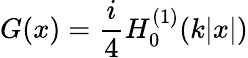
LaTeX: G(x)={\frac{i}{4}}H_{0}^{(1)}(k|x|)